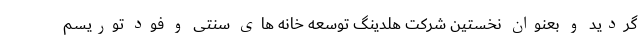
گردید و بعنوان نخستین شرکت هلدینگ توسعه خانه های سنتی و فود توریسم